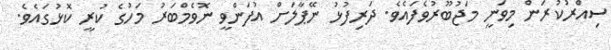
ސިއްރުކުރަން މިވަނީ މަޖުބޫރުވެފައެވެ. ދަރިފުޅު ނޭޕާލަށް އުފަންވީ ނޮވެމްބަރު މަހުގެ ކުރީ ކޮޅުގައެވެ.